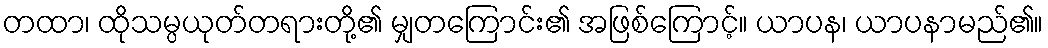
တထာ၊ ထိုသမ္ပယုတ်တရားတို့၏ မျှတကြောင်း၏ အဖြစ်ကြောင့်။ ယာပန၊ ယာပနာမည်၏။